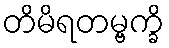
တိမိရတမ္ဗက္ခိ